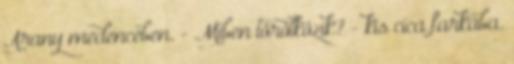
Arany medencében. - Miben törölközik? - kis cica farkába.